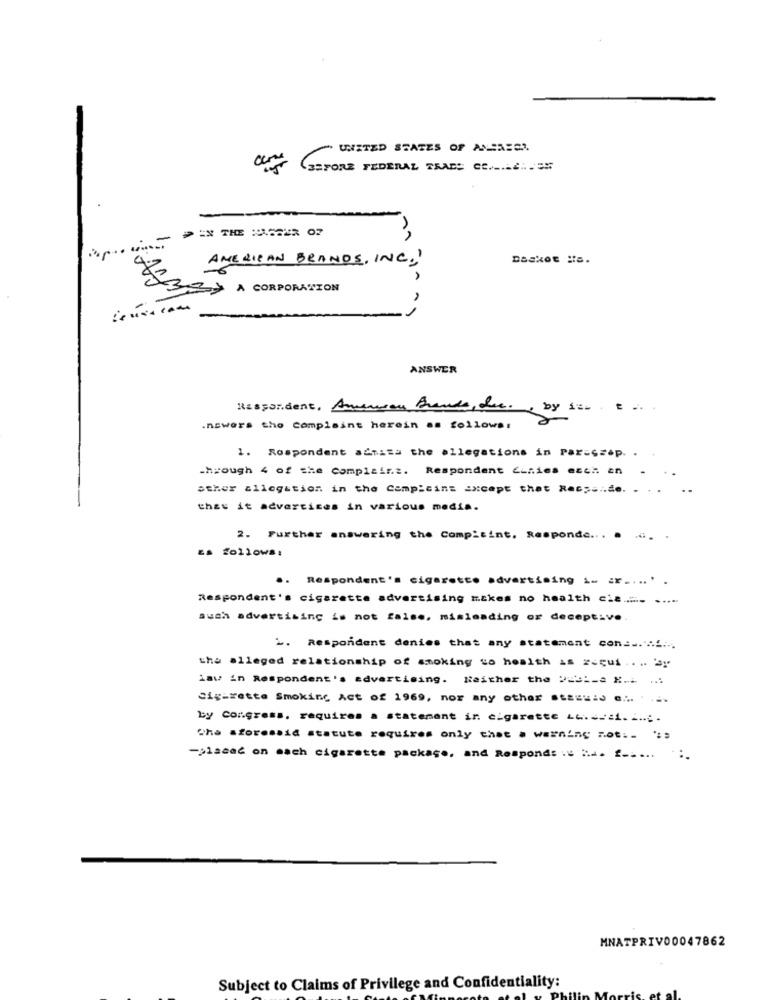
UNITED STATES OF ANSAESS
Daskot :s.
AMERICAN BRANDS, INC.)
A CORPORATION
ANSWER
Respondent, Amawon France, die. , by sin. ...
.nawers the Complaint herein as follows:
1. Respondent admita the allegations in Parassep.
.hrough 4 of the complaint. Respondent Cunies ecci an
other allegation in the Campicins Except that Racy ... de.
thau it advertises in various media.
2. Further answering the Compitint. Responde ... . ....
Es follows:
. Respondent's cigarette advertising i- ar ...
Respondent's cigarette advertising makes no health cia ...... .....
such advertising is not false, misleading or deceptive.
L. Respondent denies that any statement con ... .. f ...
the alleged relationship of smoking to health as zacui .. .. ""
Law in Respondent's advertising. Neither the Pub :-. ... ...
Cigarette Smoking Act of 1969, nor any other sta ==: d .... . ...
by congress, requires a statement in cigarette LL.I.
The aforesaid statute requires only that a warning rot. .
-piscać on mach cigarette package, and Respond: : : :
MNATPRIVO0047862
Subject to Claims of Privilege and Confidentiality: